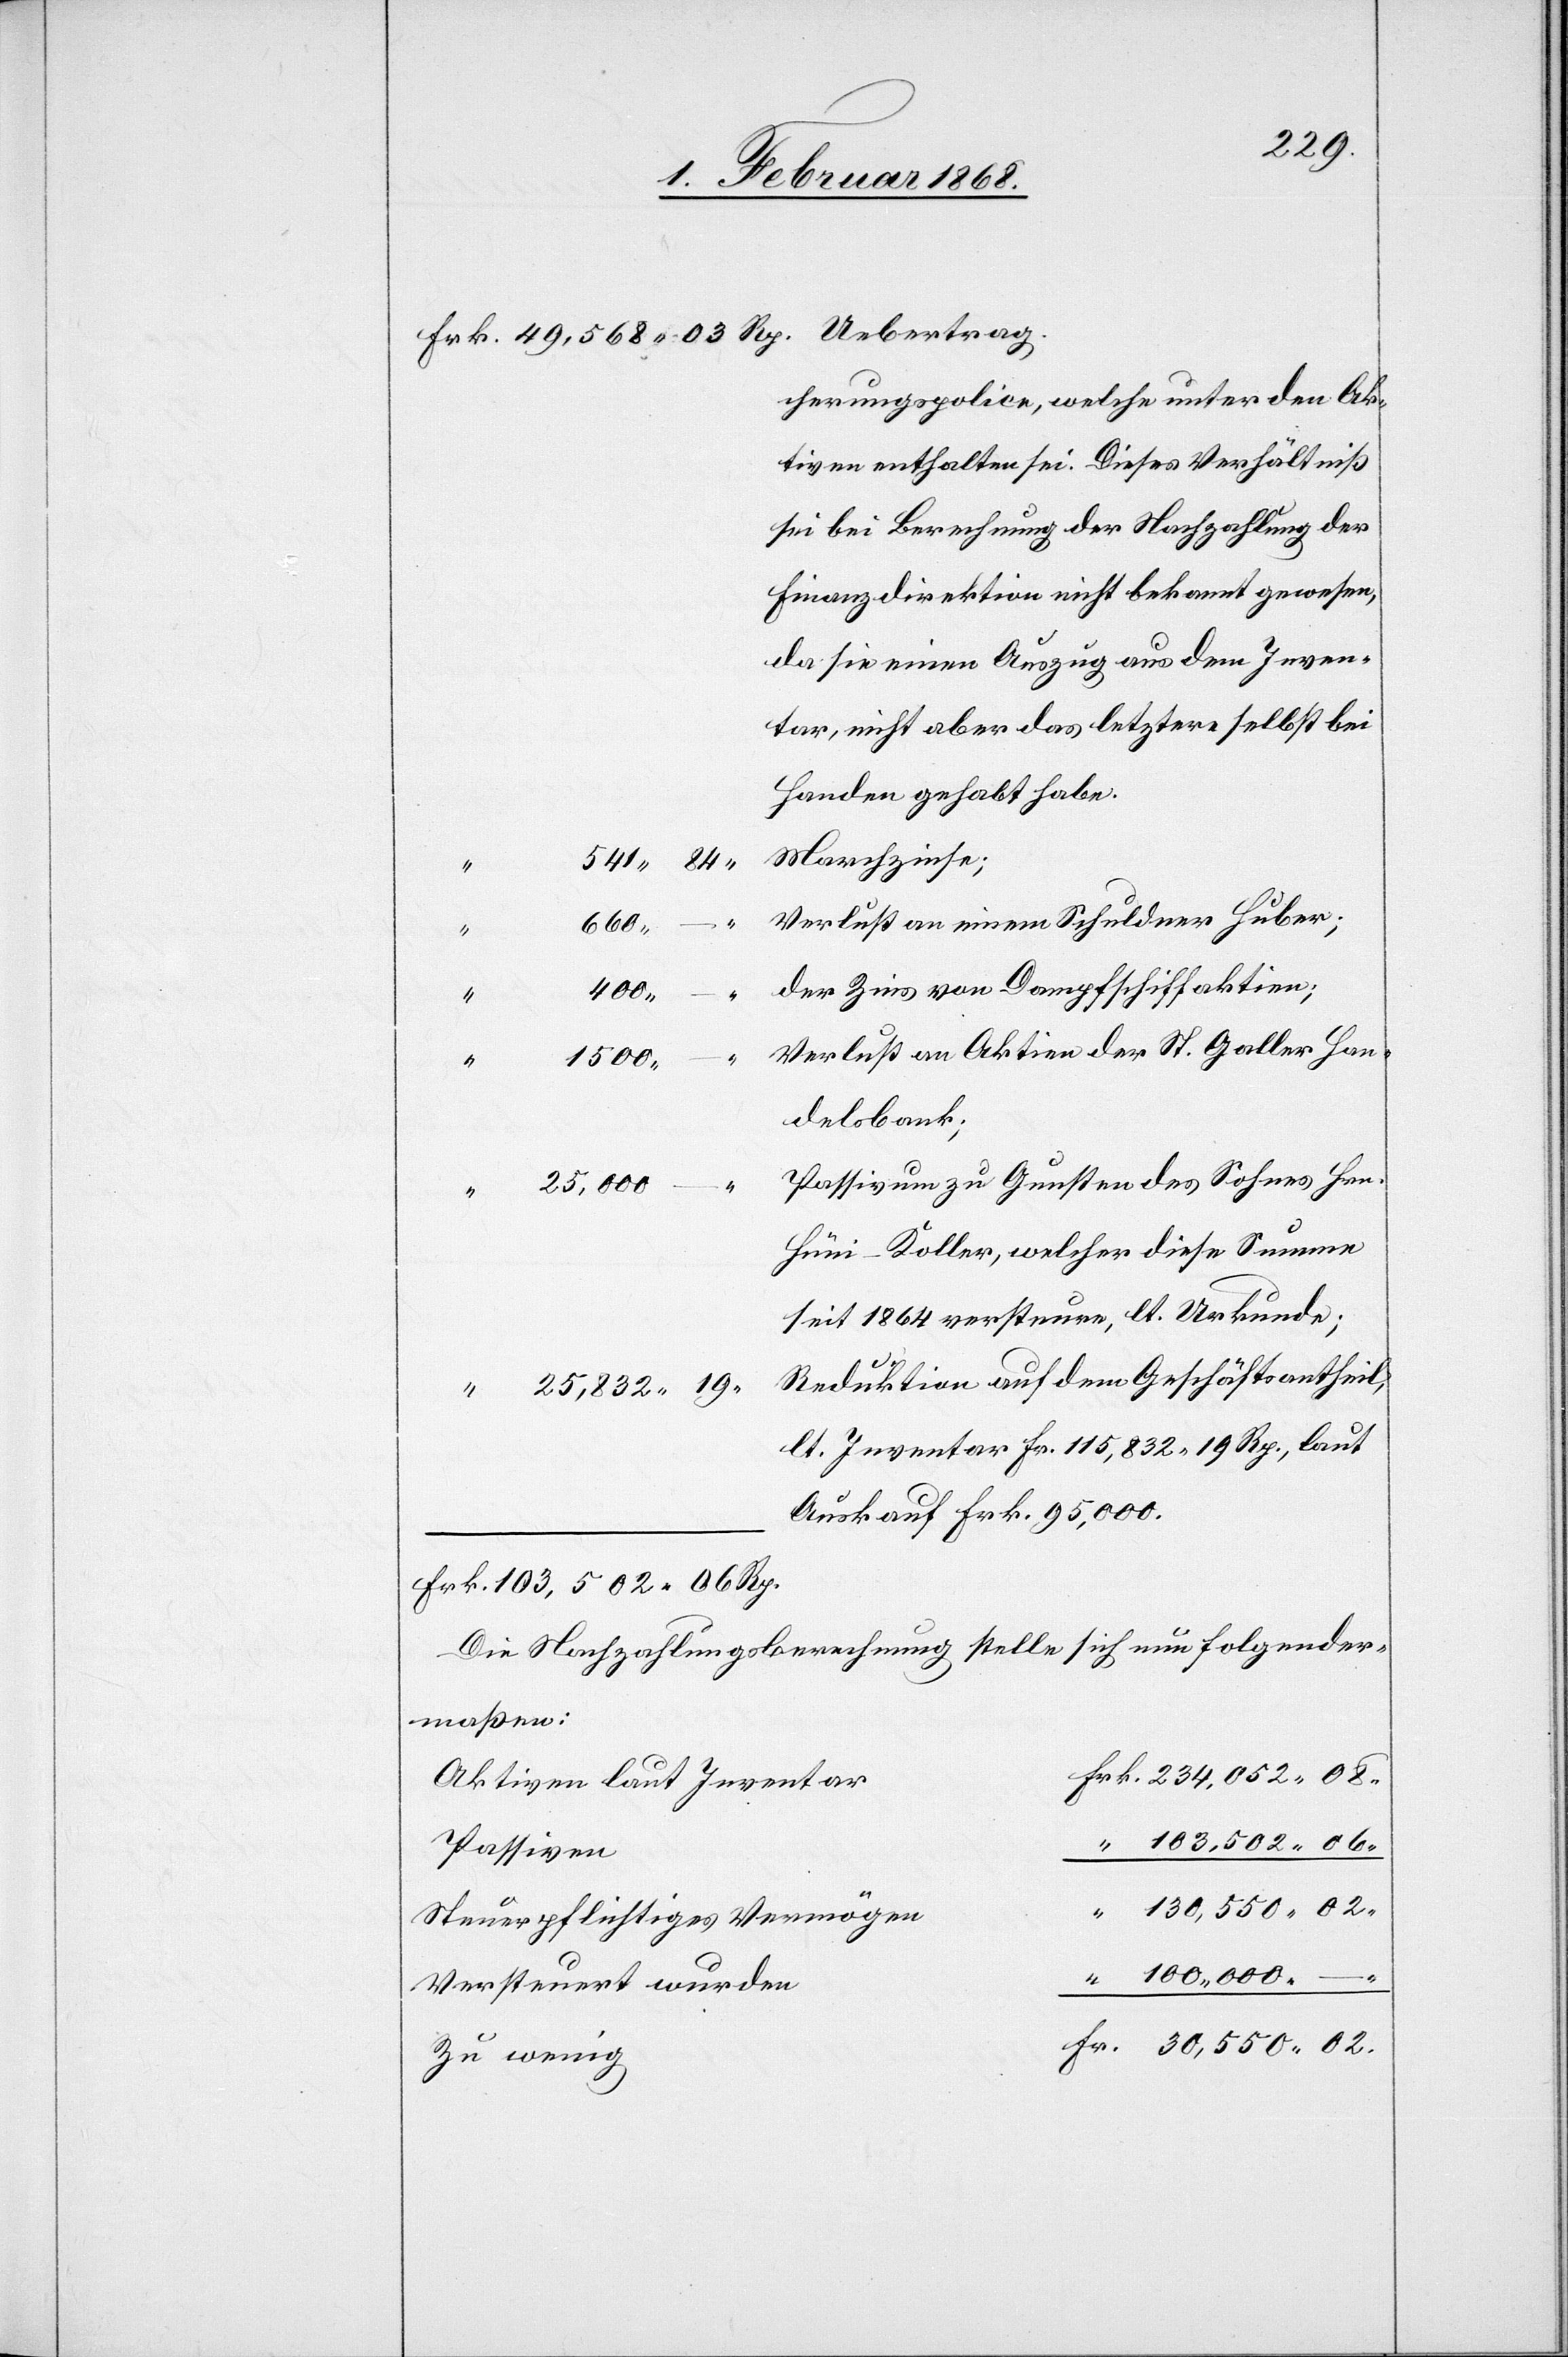
cherungspolice, welche unter den Ak¬
tiven enthalten sei. Dieses Verhältniß
sei bei Berechnung der Nachzahlung der
Finanzdirektion nicht bekannt gewesen,
da sie einen Auszug aus dem Inven¬
tar, nicht aber das letztere selbst bei
Handen gehabt habe.
Marchzinse;
541. 84.
Verlust an einem Schuldner Huber;
660.
der Zins von Dampfschiffaktien;
400.
Verlust an Aktien der St. Galler Han¬
130,550.
02.
delsbank;
Passivum zu Gunsten des Sohnes Hrn.
“
25,832.
Hüni-Koller, welcher diese Summe
seit 1864 versteure, lt. Urkunde;
Reduktion auf dem Geschäftsantheil,
lt. Inventar Fr. 115,832. 19 Rp., laut
Auskauf Frk. 95,000.
Frk. 103,502. 06 Rp.
Die Nachzahlungsberechnung stelle sich nun folgender¬
maßen:
Frk. 234,052. 08.
Aktiven laut Inventar
“ 103,502. 06.
Passiven
Steuerpflichtiges Vermögen
“ 100,000. – .
Versteuert wurden
Fr. 30,550. 02.
Zu wenig